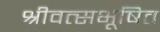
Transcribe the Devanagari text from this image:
श्रीवत्सभूषित